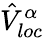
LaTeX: \hat{V}_{loc}^{\alpha}